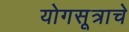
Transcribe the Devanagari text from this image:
योगसूत्राचे